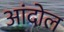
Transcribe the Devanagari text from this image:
आंदोल